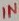
Text: IN